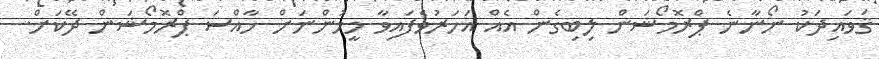
ޤަވައިދަކު ނޯނާނެ ޕްރޮމޯޝަން ލިބިގެން އެއް އަހަރުވެފައިވާ މީހުންނަށް ހާއްސަ ޕްރޮމޯޝަން ދޭކަށް.